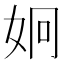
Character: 𭑳